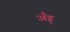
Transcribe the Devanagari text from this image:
अँड्र्